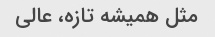
مثل همیشه تازه، عالی